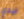
تيدي